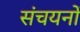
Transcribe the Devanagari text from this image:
संचयनों